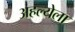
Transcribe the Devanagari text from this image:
अहल्येला